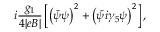
i { \frac { g _ { 1 } } { 4 | e B | } } \left[ \left( \bar { \psi } \psi \right) ^ { 2 } + \left( \bar { \psi } i \gamma _ { 5 } \psi \right) ^ { 2 } \right] ,